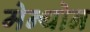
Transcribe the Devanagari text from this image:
मेन्थोन